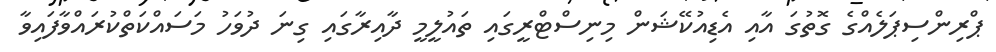
ޕްރިންސިޕަލެއްގެ ގޮތުގަ އާއި އެޑިއުކޭޝަން މިނިސްޓްރީގައި ތައުލީމީ ދާއިރާގައި ގިނަ ދުވަހު މަސައްކަތްކުރައްވާފައިވާ